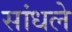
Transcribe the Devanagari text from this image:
सांधले